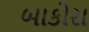
બાકોરા